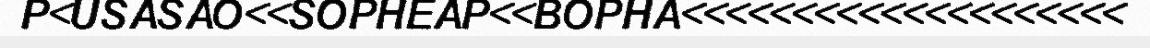
P<USASAO<<SOPHEAP<<BOPHA<<<<<<<<<<<<<<<<<<<<